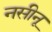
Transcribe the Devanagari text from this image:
नसीनू